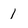
Character: 1